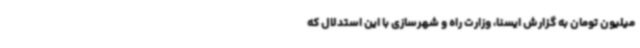
میلیون تومان به گزارش ایسنا، وزارت راه و شهرسازی با این استدلال که